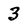
Character: 3